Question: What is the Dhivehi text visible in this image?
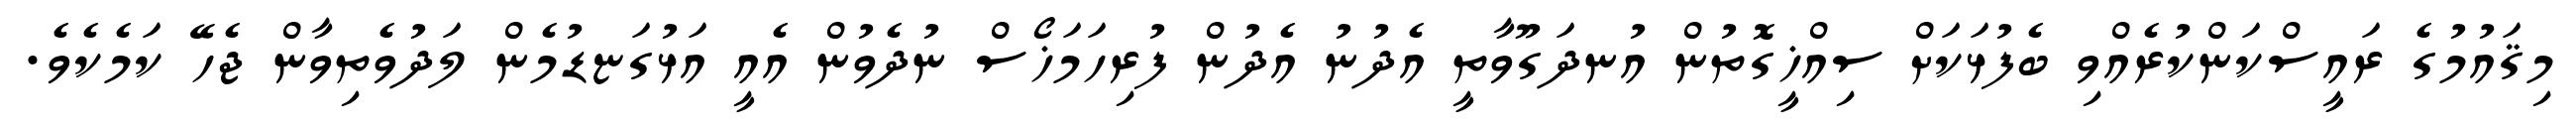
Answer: މިޤައުމުގެ ރައީސްކަންކުރެއްވި ބެފުޅަކަށް ސިއްޚީގޮތުން އުނދަގޫވާތީ އެދުނު އެދުން ފުރިހަމަޚޯސް ނުދެވުން އެއީ އަޅުގަޏޑުމެން ލަދުވެތިވާން ޖެހޭ ކަމެކެވެ.